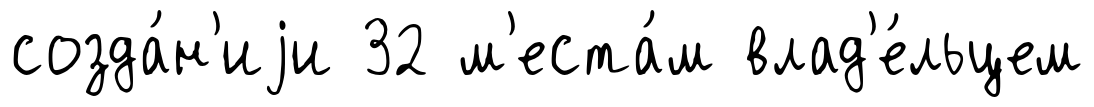
созда́н'иjи 32 м'еста́м влад'е́льцем